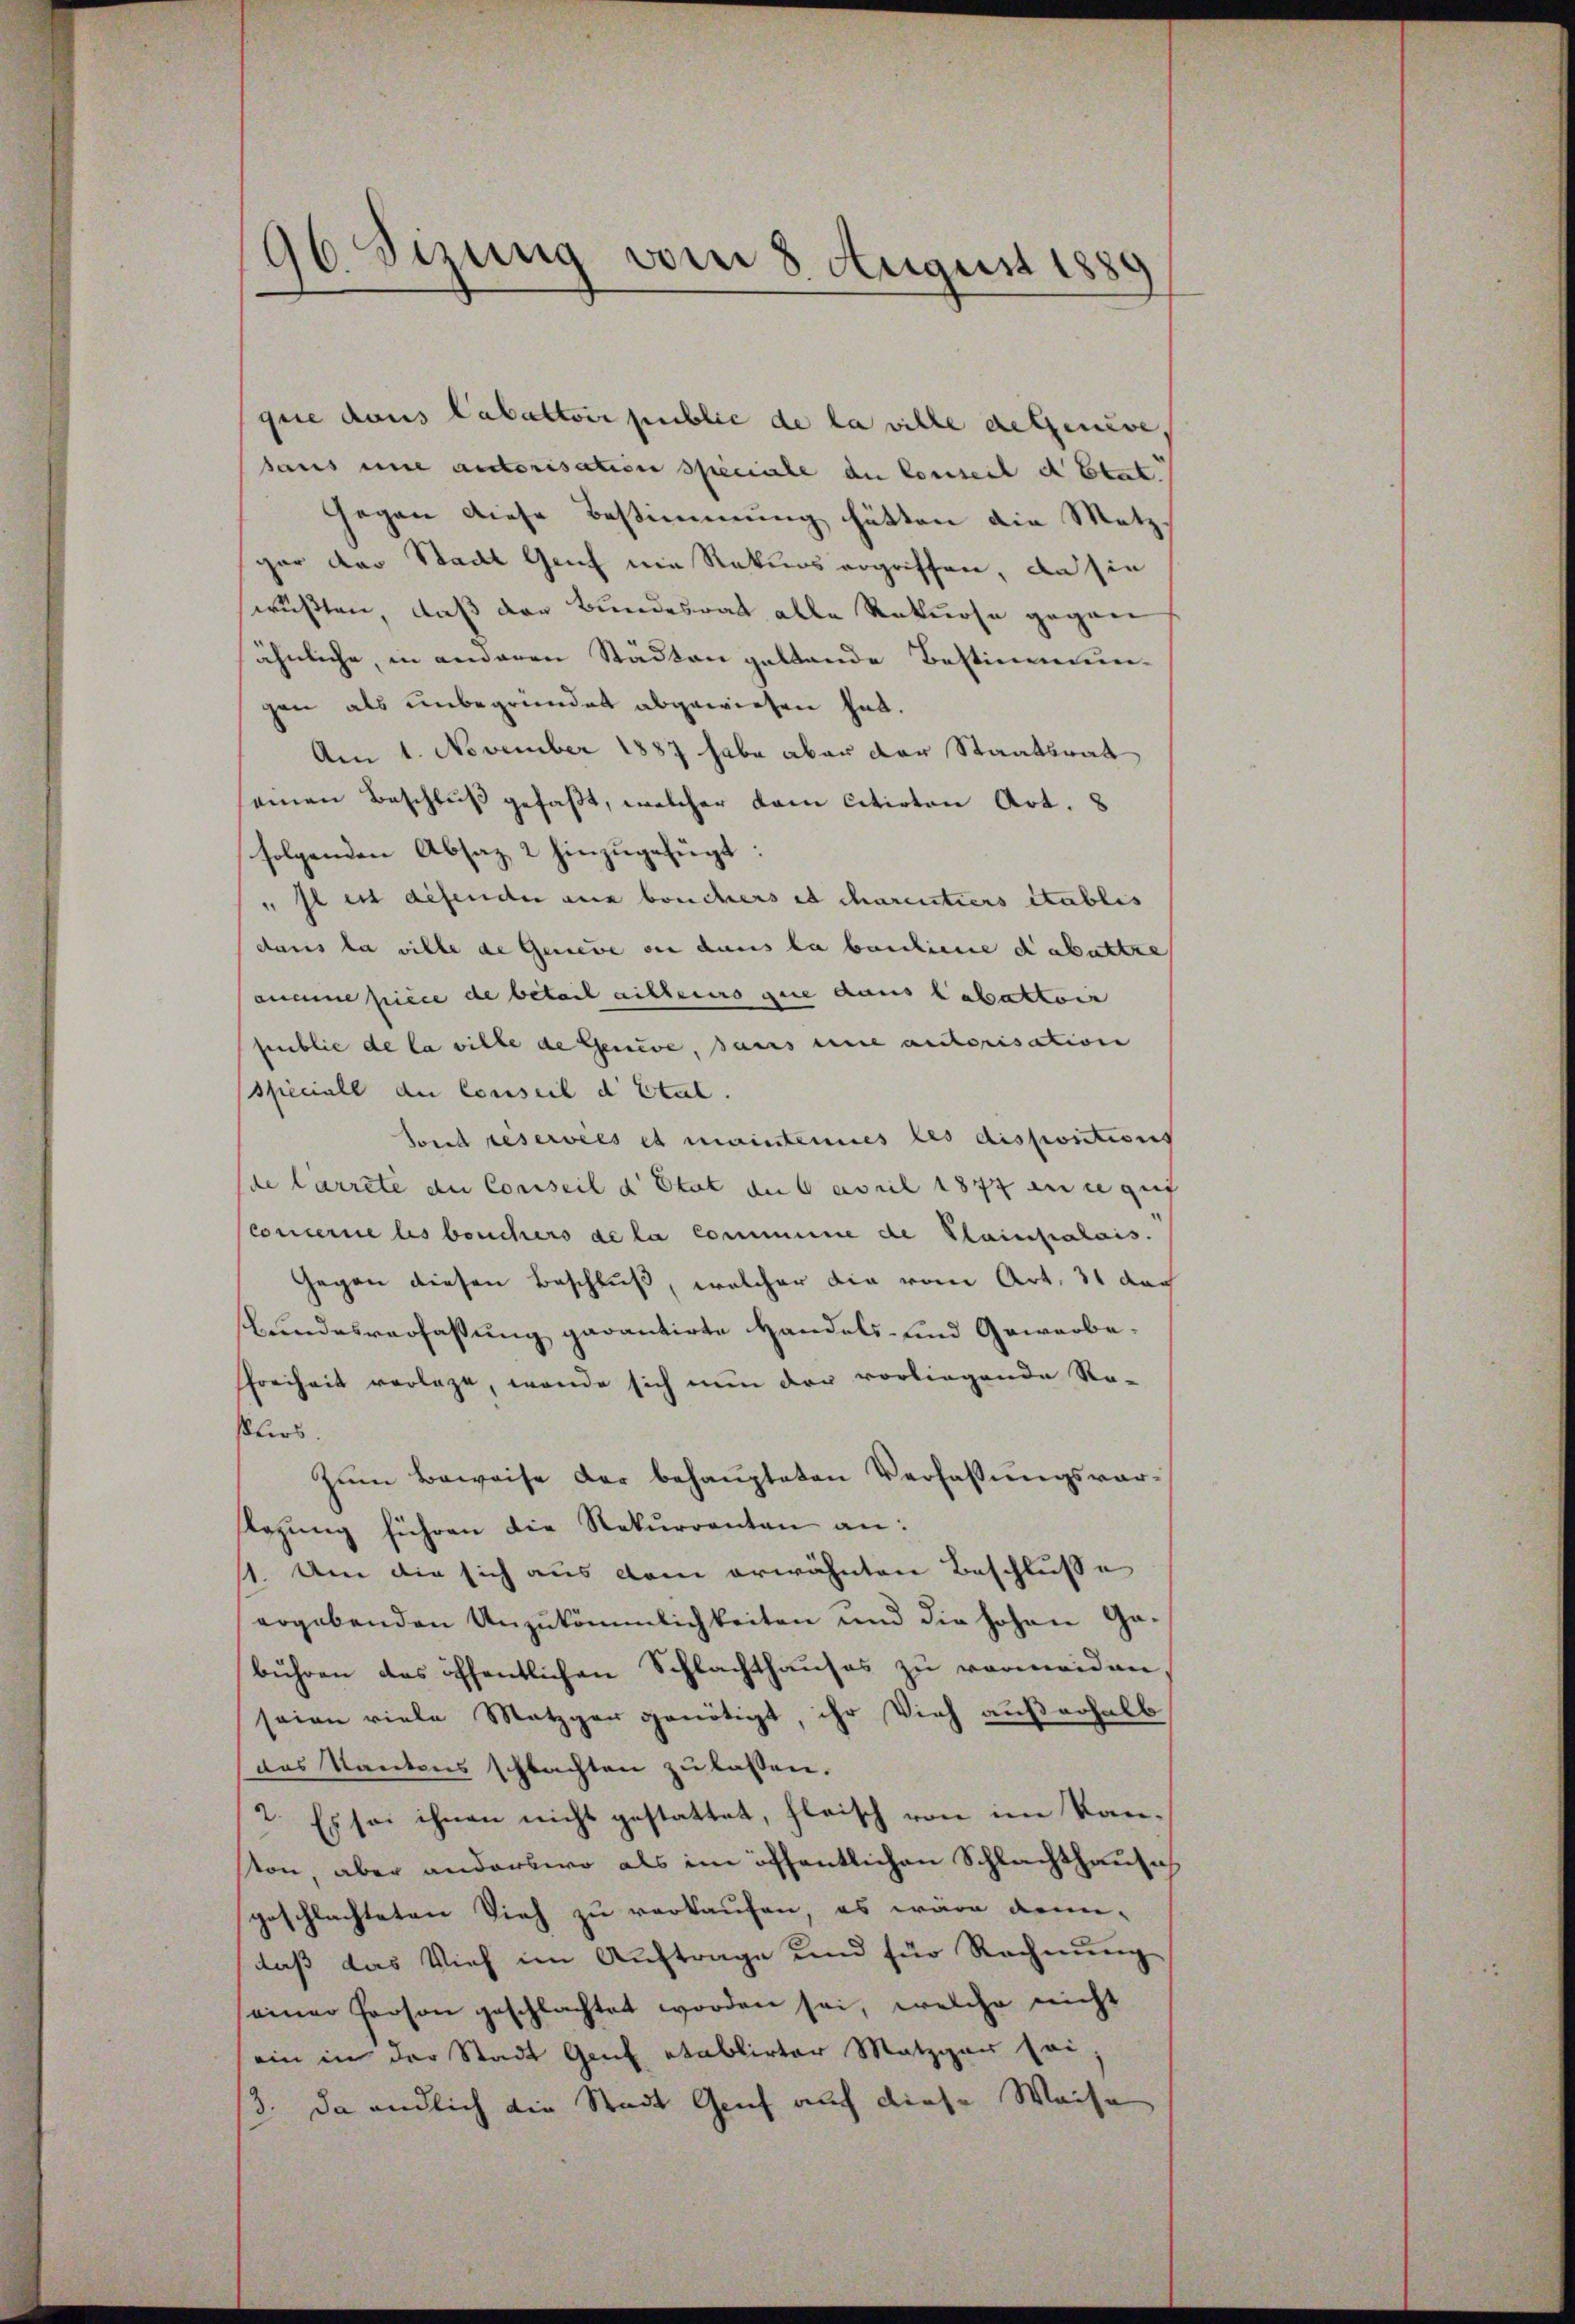
.
96 sizung vom 8. August 1880

quie dans Cabattoir public de la ville deteneve,
haus eine autorisation speciale an Conseit d Etat
Gegen diese Bestimmung hätten die Metz
gar der Stadt Genf nie Rekurs ergriffen, da sie
wußten, daß der Bundesrat alle Rekurse gegen
ähnliche, in anderen Städten geltende Bestimmun-
gen als unbegründet abgewiesen hat.
Am 1. November 1887 habe aber der Staatsrat
seinen Beschluß gefaßt, welcher dem citirten Art. 8
folgenden Absaz 2 hinzugefügt:
" Il est defender aus bouchers et charentiers établis
dans la ville de Genere der dans la bauline dabattre
anmme piece de beteil ailleurs que dans labattoir
public de la ville de Genere, sans eine autorisation
speciall die Conseil d Etul.
Sont reservées et mainteres les dispositions
de larrete du Conseil d’Etat aus april 1877 eine gut
concerne les bouchers de la commune de Plainpalais.
Gegen diesen Beschluß, welcher die vom Art. 31 dach
bundesverfaßung garantirte Handels- und Gewerbe¬
Freiheit vorlage, wende sich nun der vorliegende Re-
ßlers.
Zum Beweise der behaupteten Verfassungsvorlegung führen die Rekurrenten an:
11. Um die sich aus dem erwähnten Beschlusse
ergebenden Unzukömmlichkeiten und die hohen Gabühren das öffentlichen Schlachthauses zu vermeiden,
seien viele Metzger genötigt, ihr Vieh außerhalb
das Kantons schlachten zu lassen.
2. Es sei ihnen nicht gestattet, fleisch von im Kanston, aber anderswo als im öffentlichen Schlachthause
geschlachteten Vieh zu verkaufen, es wäre denn-
daß das Vieh im Auftrage und für Rechnung
seiner Person geschlachtet worden sei, welche nicht
ein in der Stadt Genf etablirter Metzger sei
3. Da endlich die Stadt Genf auch diese Waise